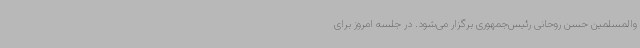
والمسلمین حسن روحانی رئیس‌جمهوری برگزار می‌شود. در جلسه‌ امروز برای